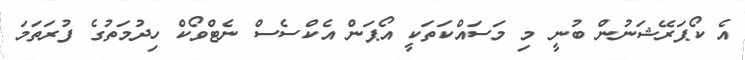
އެ ކޯޕަރޭޝަނުން ބުނީ މި މަސައްކަތަކީ އޯޕަން އެކްސެސް ނެޓްވޯކް ހިދުމަތުގެ ފުރަތަމަ